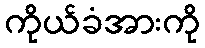
ကိုယ်ခံအားကို